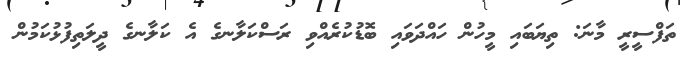
ތަފްސީރީ މާނަ: ތިޔަބައި މީހުން ހައްދަވައި ބޮޑުކުރެއްވި ރަސްކަލާނގެ އެ ކަލާނގެ ދީލަތިފުޅުކަމުން